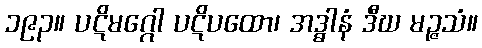
၁၉၃။ ပဋိမဂ္ဂေါ ပဋိပထော၊ အဒ္ဓါနံ ဒီဃ မဉ္ဇသံ။